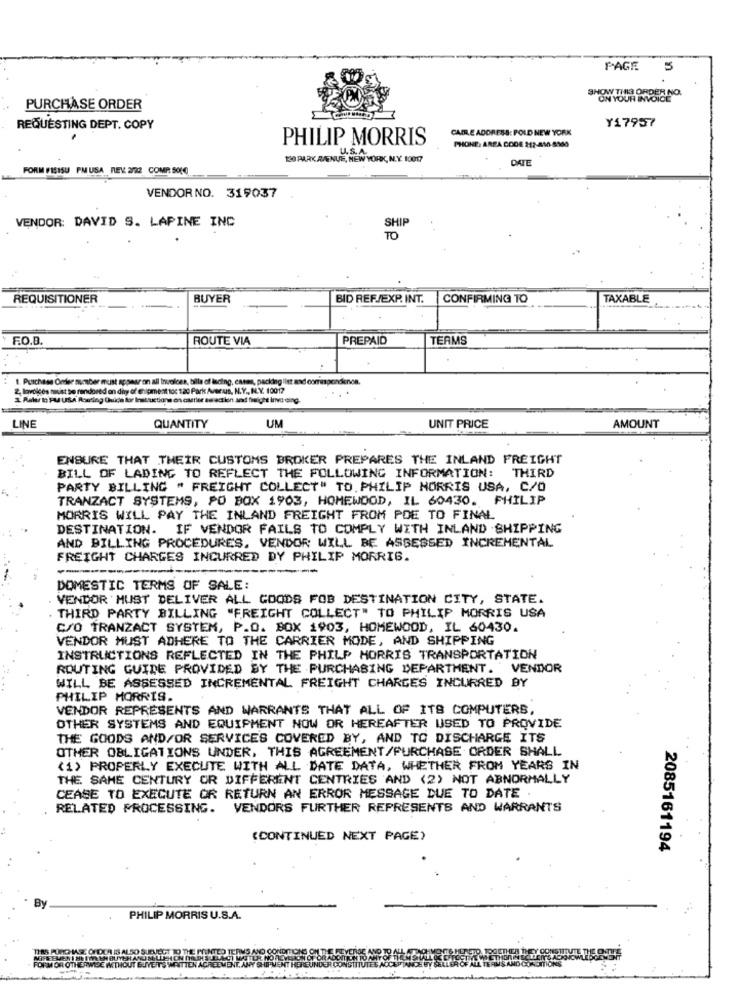
PAGE
5
SHOW THIS ORDER NO.
ON YOUR INVOICE
PURCHASE ORDER
Y17957
REQUESTING DEPT. COPY
CAIRE ADDRESS: POLD NEW YORK
PHILIP MORRIS
U.S. A.
PHONE: AREA CODE 212-410-8960
120 PARK AVENUE, NEW YORK, N.Y. 10017
DATE
FORM FISISU PMUSA REV 222 COMP 5010
VENDOR NO. 319037
VENDOR: DAVID S. LAPINE INC
SHIR
REQUISITIONER
BUYER
BID REF/EXP. INT.
CONFIRMING TO
TAXABLE
F.O.B.
ROUTE VIA
PREPAID
TEAMS
1. Purchase Order number must appear on all twwolces, bille of lading, cases, packing list and comrespondenon
2 Invoices must be rendored on diry of @hulpment to: 120 Park Averus, N.Y ., N.Y. 10017
I. Raler lo PJ USA. Routing Guide for Instructions es cartier seractien and fieight invo eing.
UM
LINE
QUANTITY
UNIT PRICE
AMOUNT
ENSURE THAT THEIR CUSTOMS BROKER PREPARES THE INLAND FREIGHT
BILL OF LADING TO REFLECT THE FOLLOWING INFORMATION: THIRD
PARTY BILLING * FREIGHT COLLECT" TO. PHILIP MORRIS USA, C/O
TRANZACT SYSTEMS, PO BOX 1903, HOMEWOOD, IL 60430. PHILIP
MORRIS WILL PAY THE INLAND FREIGHT FROM POE TO FINAL
DESTINATION. IF VENDOR FAILS TO COMPLY WITH INLAND SHIPPING
AND BILLING PROCEDURES. VENDOR WILL BE ASSESSED INCREMENTAL
FREIGHT CHARGES INCURRED DY PHILIP MORRIS.
--
-
DOMESTIC TERMS OF SALE:
VENDOR MUST DELIVER ALL GOODS FOB DESTINATION CITY, STATE.
THIRD PARTY BILLING "FREIGHT COLLECT" TO PHILIP MORRIS USA
C/O TRANZACT SYSTEM, P.O. BOX 1903, HOMEWOOD, IL 60430.
VENDOR MUST ADHERE TO THE CARRIER MODE, AND SHIPPING
INSTRUCTIONS REFLECTED IN THE PHILP MORRIS TRANSPORTATION
ROUTING GUIDE PROVIDED BY THE PURCHASING DEPARTMENT. VENDOR
WILL BE ASSESSED INCREMENTAL FREIGHT CHARGES INCURRED BY
PHILIP MORRIS.
VENDOR REPRESENTS AND WARRANTS THAT ALL OF ITS COMPUTERS,
OTHER SYSTEMS AND EQUIPMENT NOW OR HEREAFTER USED TO PROVIDE
THE GOODS AND/OR SERVICES COVERED BY, AND TO DISCHARGE ITS
OTHER OBLIGATIONS UNDER, THIS AGREEMENT/PURCHASE ORDER SHALL
(1) PROPERLY EXECUTE WITH ALL DATE DATA, WHETHER FROM YEARS IN
THE SAME CENTURY OR DIFFERENT CENTRIES AND (2) NOT ABNORMALLY
CEASE TO EXECUTE OR RETURN AN ERROR MESSAGE DUE TO DATE .
RELATED PROCESSING. VENDORS FURTHER REPRESENTS AND WARRANTS
(CONTINUED NEXT PAGE)
2085161194
By
PHILIP MORRIS U.S.A.